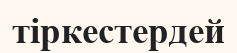
тіркестердей